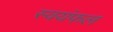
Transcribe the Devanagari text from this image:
स्वयंफल